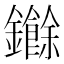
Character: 𮣧